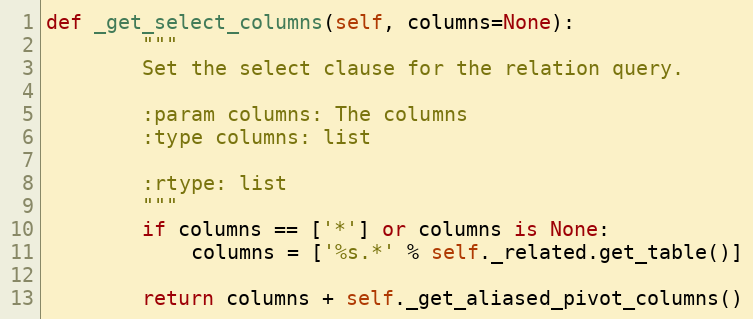
Language: Python
def _get_select_columns(self, columns=None):
        """
        Set the select clause for the relation query.

        :param columns: The columns
        :type columns: list

        :rtype: list
        """
        if columns == ['*'] or columns is None:
            columns = ['%s.*' % self._related.get_table()]

        return columns + self._get_aliased_pivot_columns()